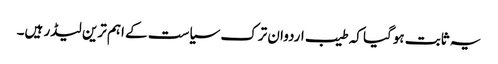
یہ ثابت ہوگیا کہ طیب اردوان ترک سیاست کے اہم ترین لیڈر ہیں۔